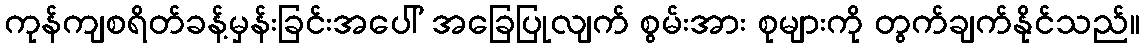
ကုန်ကျစရိတ်ခန့်မှန်းခြင်းအပေါ် အခြေပြုလျက် စွမ်းအား စုများကို တွက်ချက်နိုင်သည်။